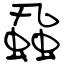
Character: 蝨